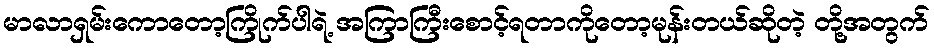
မာလာရှမ်းကောတော့ကြိုက်ပါရဲ့ အကြာကြီးစောင့်ရတာကိုတော့မုန်းတယ်ဆိုတဲ့ တို့အတွက်